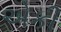
એકી